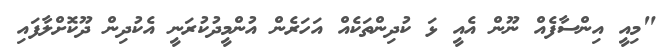
"މިއީ އިންސާފެއް ނޫން އެއީ ޅަ ކުދިންތަކެއް އަހަރެން އުންމީދުކުރަނީ އެކުދިން ދޫކޮށްލާފައި